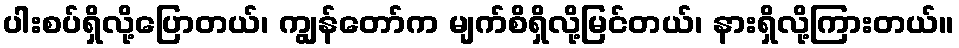
ပါးစပ်ရှိလို့ပြောတယ်၊ ကျွန်တော်က မျက်စိရှိလို့မြင်တယ်၊ နားရှိလို့ကြားတယ်။